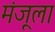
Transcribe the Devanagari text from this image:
मंजूला